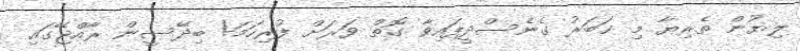
ލިޔުން ތެރިޔާ މި ޚަބަރު ގެނެސްދީފައިވާ ގޮތް ވަރަށް ފުރިހަމަ! ބިދޭސީން ރާއްޖޭގައި